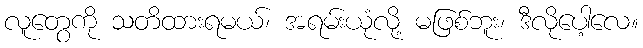
လူတွေကို သတိထားရမယ်၊ အရမ်းယုံလို့ မဖြစ်ဘူး၊ ဒီလိုပေါ့လေ။